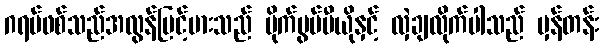
ဂရပ်ဖစ်သည်အလွန်မြင့်မားသည် မိုက်ပွမ်ပီယိုနှင့် လှဲချလိုက်ပါသည် မှန်တန်း